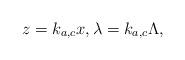
LaTeX: \begin{align*}z=k_{a,c}x,\lambda = k_{a,c}\Lambda,\end{align*}